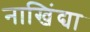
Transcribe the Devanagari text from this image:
नाखिंद्या